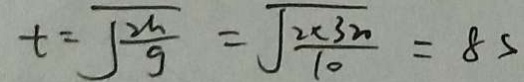
t = \sqrt { \frac { 2 h } { g } } = \sqrt { \frac { 2 \times 3 2 0 } { 1 0 } } = 8 s